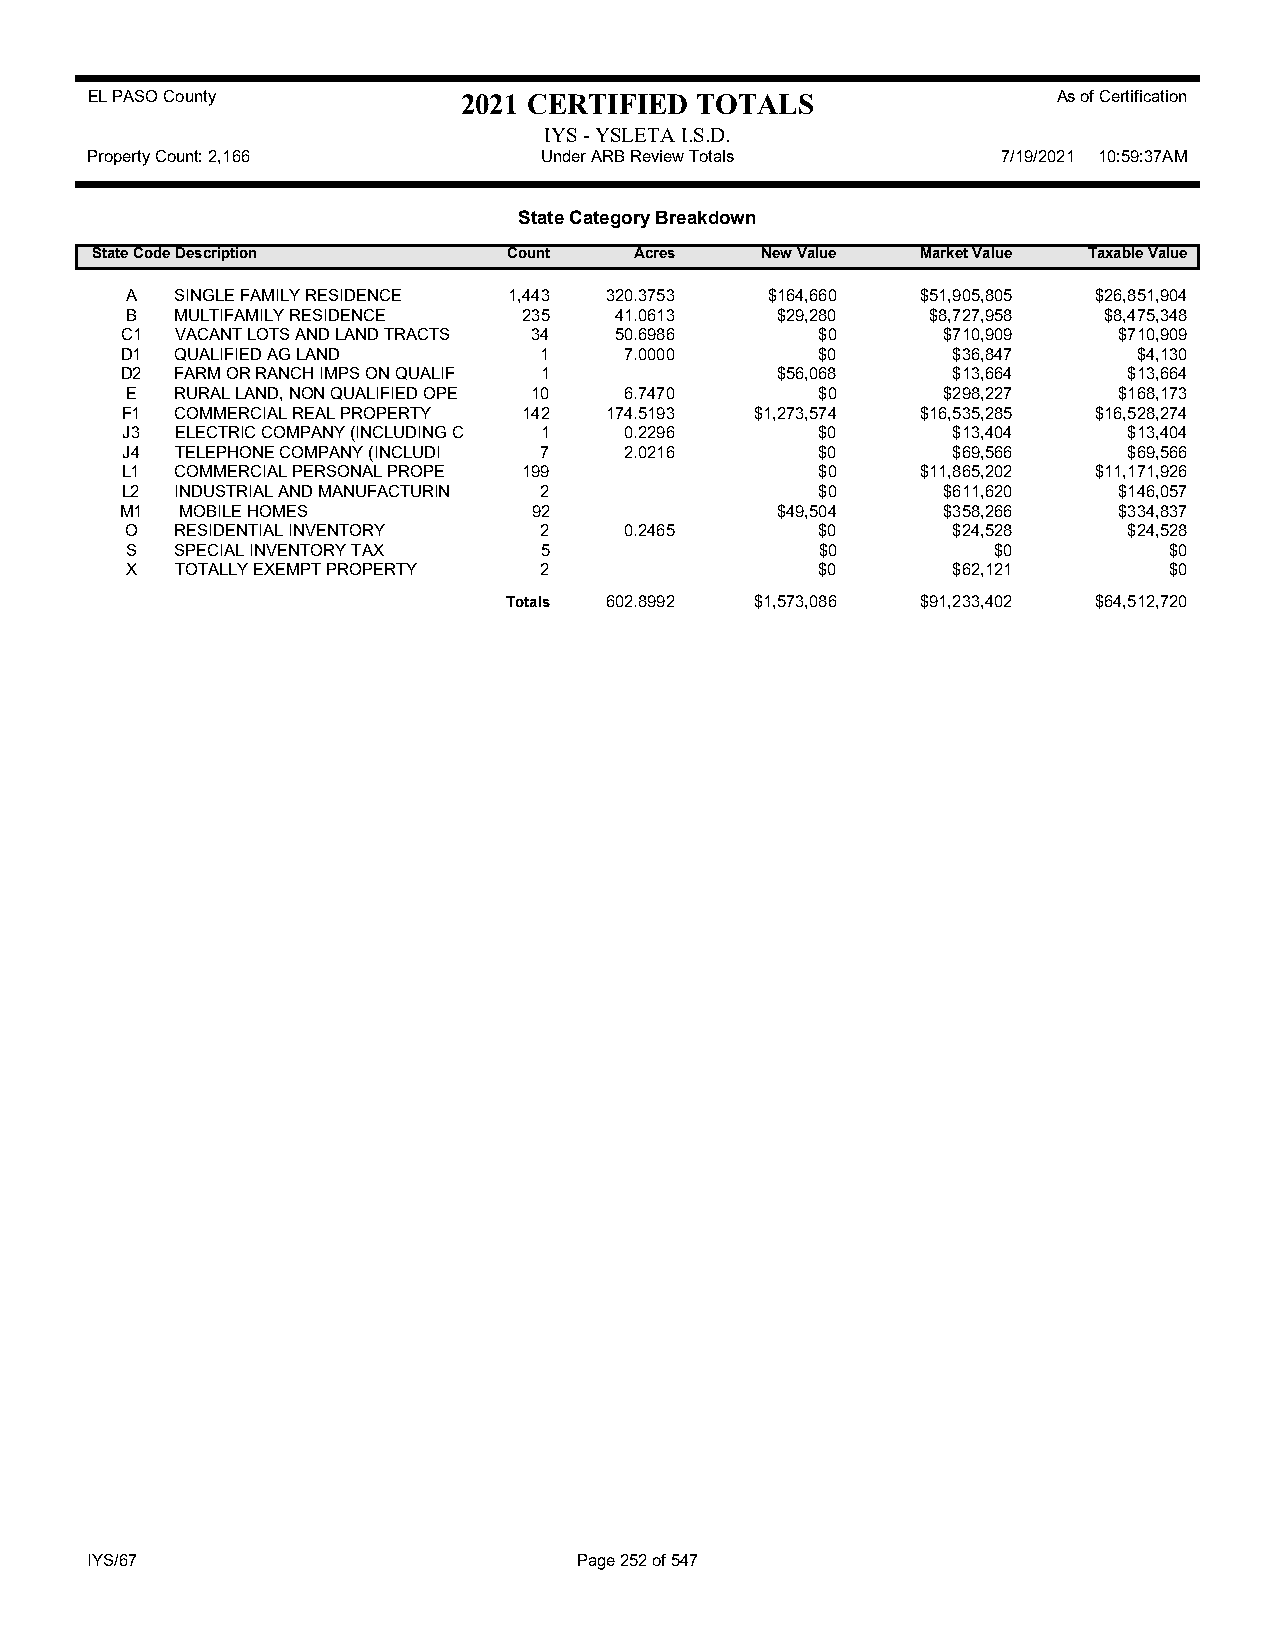
EL PASO County           2021 CERTIFIED TOTALS                  As of Certification
 IYS - YSLETA I.S.D.
 Property Count: 2,166         Under ARB Review Totals       7/19/2021 10:59:37AM
 State Category Breakdown
 State CodeDescription       Count   Acres   New Value  Market Value Taxable Value
 A   SINGLE FAMILY RESIDENCE 1,443 320.3753 $164,660  $51,905,805 $26,851,904
 B   MULTIFAMILY RESIDENCE  235   41.0613   $29,280    $8,727,958 $8,475,348
 C1  VACANT LOTS AND LAND TRACTS 34 50.6986    $0      $710,909    $710,909
 D1  QUALIFIED AG LAND       1    7.0000       $0       $36,847     $4,130
 D2  FARM OR RANCH IMPS ON QUALIF 1         $56,068     $13,664     $13,664
 E   RURAL LAND, NON QUALIFIED OPE 10 6.7470   $0      $298,227    $168,173
 F1  COMMERCIAL REAL PROPERTY 142 174.5193 $1,273,574 $16,535,285 $16,528,274
 J3  ELECTRIC COMPANY (INCLUDING C 1 0.2296    $0       $13,404     $13,404
 J4  TELEPHONE COMPANY (INCLUDI 7 2.0216       $0       $69,566     $69,566
 L1  COMMERCIAL PERSONAL PROPE 199             $0     $11,865,202 $11,171,926
 L2  INDUSTRIAL AND MANUFACTURIN 2             $0      $611,620    $146,057
 M1  MOBILE HOMES           92              $49,504    $358,266    $334,837
 O   RESIDENTIAL INVENTORY   2    0.2465       $0       $24,528     $24,528
 S   SPECIAL INVENTORY TAX   5                 $0          $0         $0
 X   TOTALLY EXEMPT PROPERTY 2                 $0       $62,121       $0
 Totals 602.8992 $1,573,086 $91,233,402 $64,512,720
 IYS/67                          Page 252 of 547